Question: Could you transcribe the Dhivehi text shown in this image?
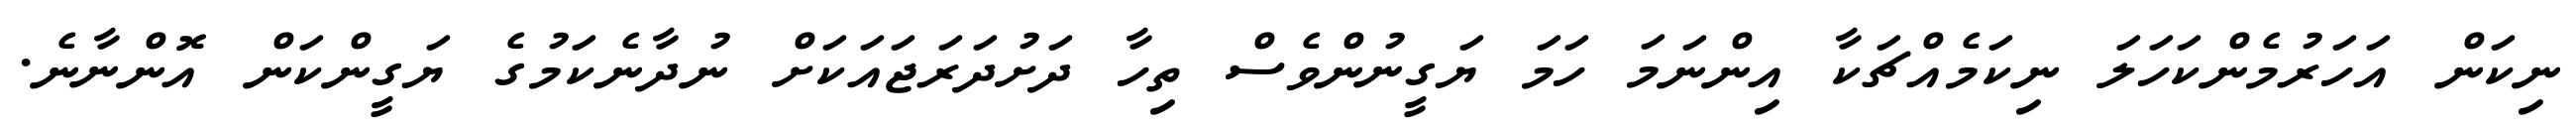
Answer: ނިކަން އަހަރުމެންކަހަލަ ނިކަމެއްޗަކާ އިންނަމަ ހަމަ ޔަގީނުންވެސް ތިހާ ދަށުދަރަޖައަކަށް ނުދާނެކަމުގެ ޔަގީންކަން އޮންނާނެ.